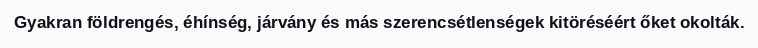
Gyakran földrengés, éhínség, járvány és más szerencsétlenségek kitöréséért őket okolták.